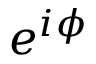
e ^ { i \phi }